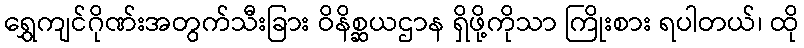
ရွှေကျင်ဂိုဏ်းအတွက်သီးခြား ဝိနိစ္ဆယဌာန ရှိဖို့ကိုသာ ကြိုးစား ရပါတယ်၊ ထို